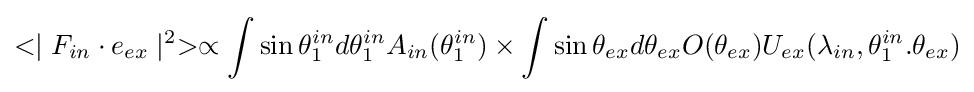
<\mid F_{in}\cdot e_{ex}\mid ^{2}>\propto \int \sin \theta _{1}^{in}d\theta _{1}^{in}A_{in}(\theta _{1}^{in})\times \int \sin \theta _{ex}d\theta _{ex}O(\theta _{ex})U_{ex}(\lambda _{in},\theta _{1}^{in}.\theta _{ex})